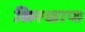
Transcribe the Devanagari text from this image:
किरखाफ